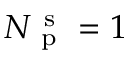
N _ { \mathrm { ~ p ~ } } ^ { \mathrm { ~ s ~ } } = 1